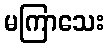
မကြာသေး